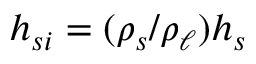
h _ { s i } = ( \rho _ { s } / \rho _ { \ell } ) h _ { s }